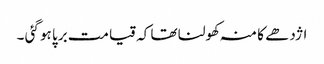
اژدھے کا منہ کھولنا تھا کہ قیامت برپا ہو گئی ۔